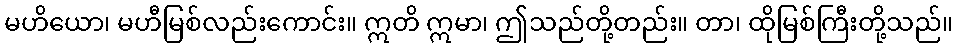
မဟိယော၊ မဟီမြစ်လည်းကောင်း။ ဣတိ ဣမာ၊ ဤသည်တို့တည်း။ တာ၊ ထိုမြစ်ကြီးတို့သည်။